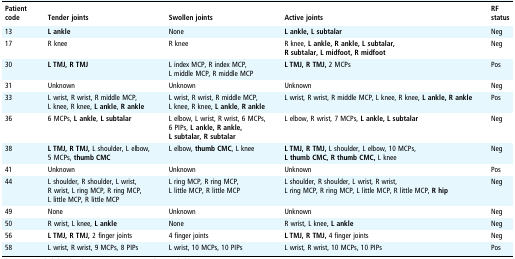
| Patient code | Tender joints | Swollen joints | Active joints | RF status |
 | --- | --- | --- | --- | --- |
 | 13 | L ankle | None | L ankle, L subtalar | Neg |
 | 17 | R knee | R knee | R knee, L ankle, R ankle, L subtalar,R subtalar, L midfoot, R midfoot | Neg |
 | 30 | L TMJ, R TMJ | L index MCP, R index MCP,L middle MCP, R middle MCP | L TMJ, R TMJ, 2 MCPs | Pos |
 | 31 | Unknown | Unknown | Unknown | Neg |
 | 33 | L wrist, R wrist, R middle MCP,L knee, R knee, L ankle, R ankle | L wrist, R wrist, R middle MCP,L knee, R knee, L ankle, R ankle | L wrist, R wrist, R middle MCP, L knee, R knee, L ankle, R ankle | Pos |
 | 36 | 6 MCPs, L ankle, L subtalar | L elbow, L wrist, R wrist, 6 MCPs,6 PIPs, L ankle, R ankle,L subtalar, R subtalar | L elbow, R wrist, 7 MCPs, L ankle, L subtalar | Neg |
 | 38 | L TMJ, R TMJ, L shoulder, L elbow, 5 MCPs, thumb CMC | L elbow, thumb CMC, L knee | L TMJ, R TMJ, L shoulder, L elbow, 10 MCPs,L thumb CMC, R thumb CMC, L knee | Neg |
 | 41 | Unknown | Unknown | Unknown | Pos |
 | 44 | L shoulder, R shoulder, L wrist,R wrist, L ring MCP, R ring MCP,L little MCP, R little MCP | L ring MCP, R ring MCP,L little MCP, R little MCP | L shoulder, R shoulder, L wrist, R wrist,L ring MCP, R ring MCP, L little MCP, R little MCP, R hip | Neg |
 | 49 | None | Unknown | Unknown | Neg |
 | 50 | R wrist, L knee, L ankle | None | R wrist, L knee, L ankle | Neg |
 | 56 | L TMJ, R TMJ, 2 finger joints | 4 finger joints | L TMJ, R TMJ, 4 finger joints | Neg |
 | 58 | L wrist, R wrist, 9 MCPs, 8 PIPs | L wrist, 10 MCPs, 10 PIPs | L wrist, R wrist, 10 MCPs, 10 PIPs | Pos |